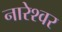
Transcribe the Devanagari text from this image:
नारेश्‍वर